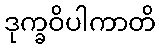
ဒုက္ခဝိပါကာတိ